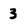
Character: 3